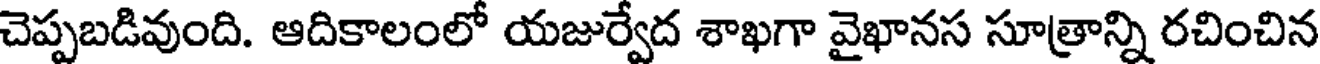
చెప్పబడివుంది. ఆదికాలంలో యజుర్వేద శాఖగా వైఖానస సూత్రాన్ని రచించిన